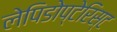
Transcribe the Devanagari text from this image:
लेपिडोप्टेरिस्ट